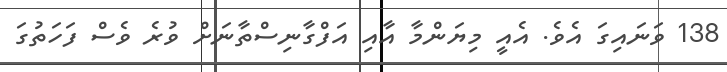
138 ވަނައިގަ އެވެ. އެއީ މިޔަންމާ އާއި އަފްގާނިސްތާނަށް ވުރެ ވެސް ފަހަތުގަ